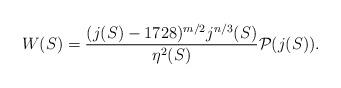
LaTeX: \begin{align*}W(S) = \frac{(j(S)-1728)^{m/2} j^{n/3}(S) }{\eta^2(S)}{\cal P}(j(S)).\end{align*}